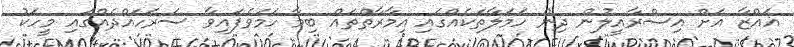
ޣައްޒާ އަށް އިސްރާއީލުން ދިން ހަމަލާތަކެއްގައި އިމާރާތްތައް ބިމާ ހަމަވެފައިވާ ސަރަހައްދެއްގައި މީހަކު